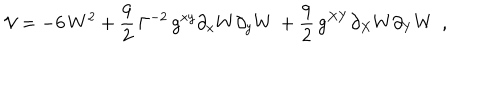
{ \cal V } = - 6 \, W ^ { 2 } + \frac { 9 } { 2 } \, \Gamma ^ { - 2 } \, g ^ { x y } \partial _ { x } W \partial _ { y } W \, + \frac { 9 } { 2 } \, g ^ { X Y } \partial _ { X } W \partial _ { Y } W \, \; ,